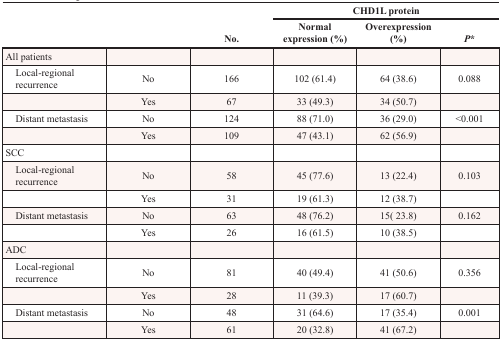
<table><thead><tr><td rowspan="2"></td><td rowspan="2"></td><td rowspan="2"><b>No.</b></td><td colspan="3"><b>CHD1L protein</b></td></tr><tr><td><b>Normal expression (%)</b></td><td><b>Overexpression (%)</b></td><td><b><i>P</i>*</b></td></tr></thead><tbody><tr><td>All patients</td><td></td><td></td><td></td><td></td><td></td></tr><tr><td> Local-regional recurrence</td><td>No</td><td>166</td><td>102 (61.4)</td><td>64 (38.6)</td><td>0.088</td></tr><tr><td></td><td>Yes</td><td>67</td><td>33 (49.3)</td><td>34 (50.7)</td><td></td></tr><tr><td> Distant metastasis</td><td>No</td><td>124</td><td>88 (71.0)</td><td>36 (29.0)</td><td>&lt;0.001</td></tr><tr><td></td><td>Yes</td><td>109</td><td>47 (43.1)</td><td>62 (56.9)</td><td></td></tr><tr><td>SCC</td><td></td><td></td><td></td><td></td><td></td></tr><tr><td> Local-regional recurrence</td><td>No</td><td>58</td><td>45 (77.6)</td><td>13 (22.4)</td><td>0.103</td></tr><tr><td></td><td>Yes</td><td>31</td><td>19 (61.3)</td><td>12 (38.7)</td><td></td></tr><tr><td> Distant metastasis</td><td>No</td><td>63</td><td>48 (76.2)</td><td>15 (23.8)</td><td>0.162</td></tr><tr><td></td><td>Yes</td><td>26</td><td>16 (61.5)</td><td>10 (38.5)</td><td></td></tr><tr><td>ADC</td><td></td><td></td><td></td><td></td><td></td></tr><tr><td> Local-regional recurrence</td><td>No</td><td>81</td><td>40 (49.4)</td><td>41 (50.6)</td><td>0.356</td></tr><tr><td></td><td>Yes</td><td>28</td><td>11 (39.3)</td><td>17 (60.7)</td><td></td></tr><tr><td> Distant metastasis</td><td>No</td><td>48</td><td>31 (64.6)</td><td>17 (35.4)</td><td>0.001</td></tr><tr><td></td><td>Yes</td><td>61</td><td>20 (32.8)</td><td>41 (67.2)</td><td></td></tr></tbody></table>